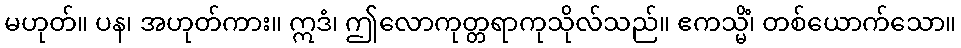
မဟုတ်။ ပန၊ အဟုတ်ကား။ ဣဒံ၊ ဤလောကုတ္တရာကုသိုလ်သည်။ ဧကသ္မိံ၊ တစ်ယောက်သော။